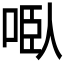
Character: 𭈌